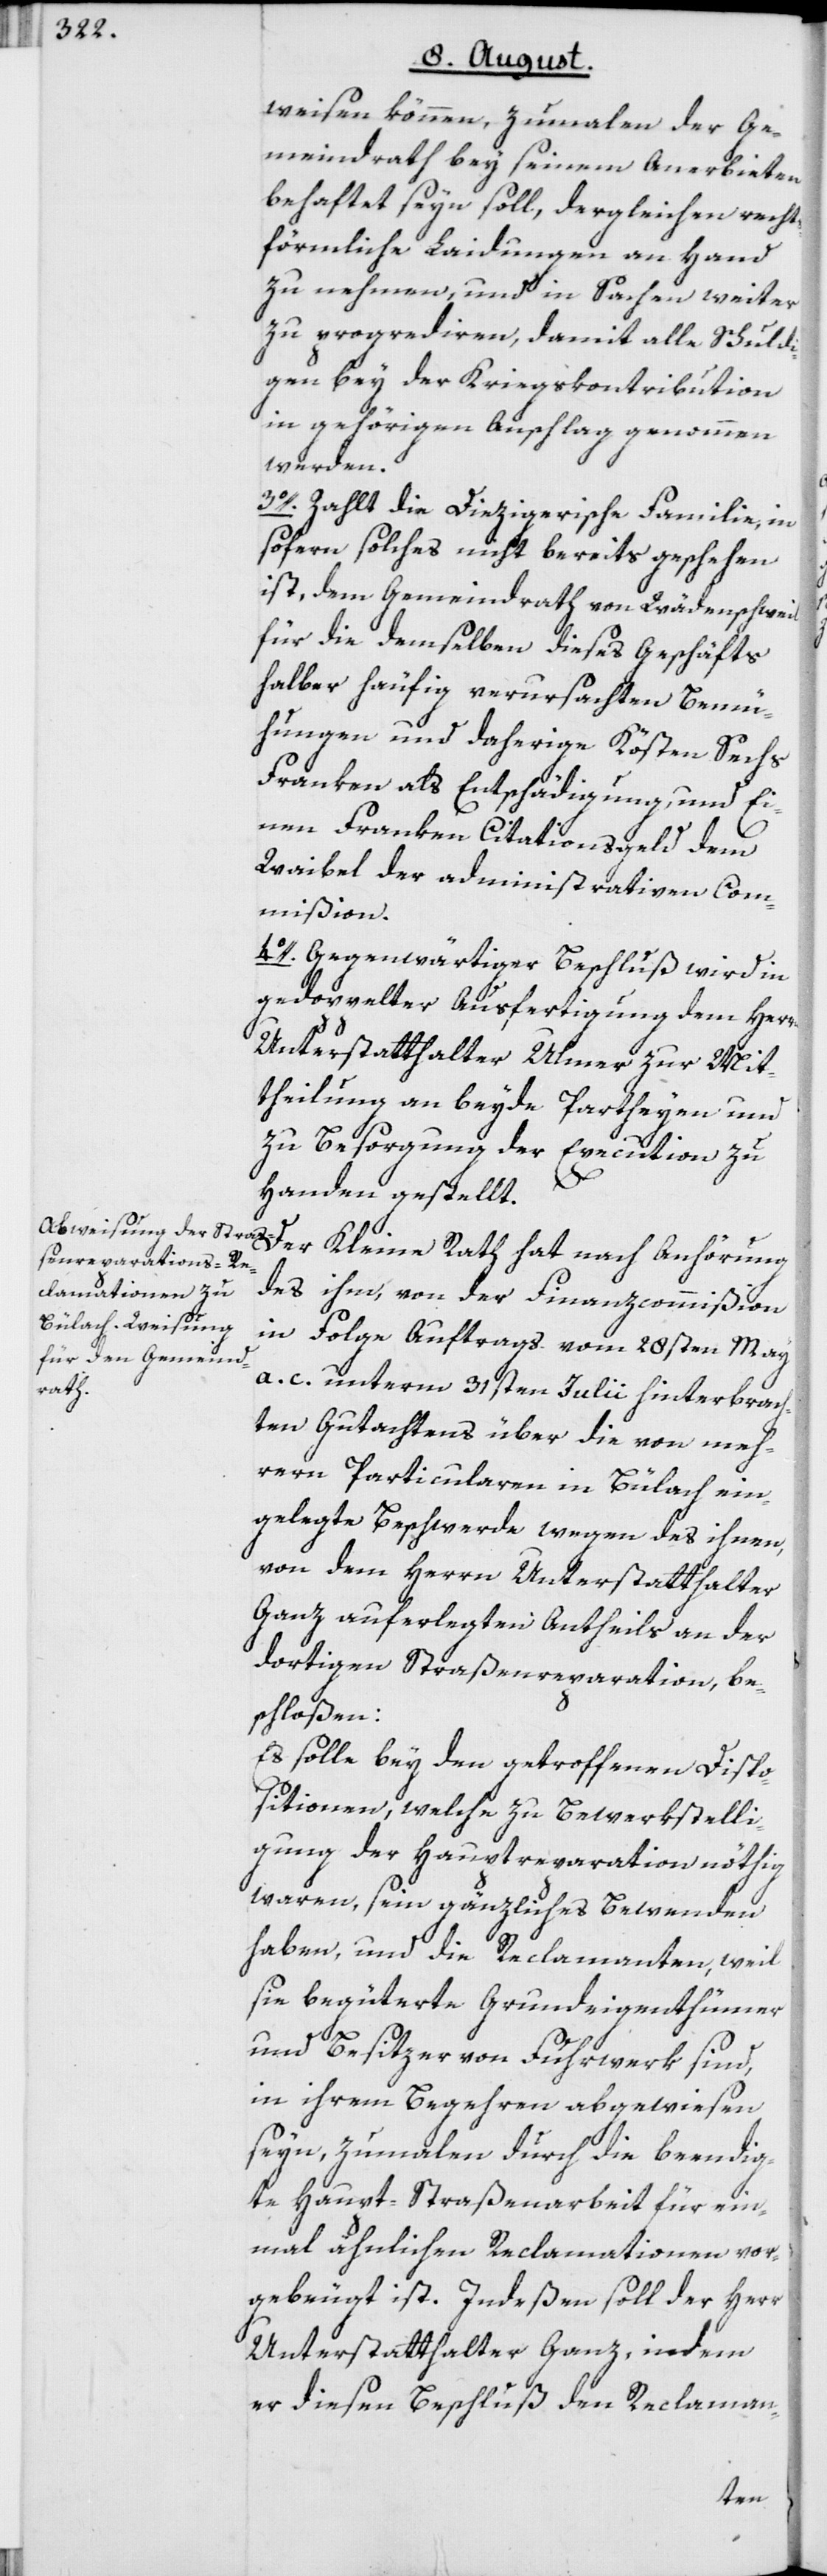
weisen können, zumalen der Ge¬
meindrath bey seinem Anerbieten
behaftet seyn soll, dergleichen rechts¬
förmliche Laidungen an Hand
zu nehmen, und in Sachen weiter
zu progrediren, damit alle Schuldi¬
gen bey der Kriegskontribution
in gehörigen Anschlag genommen
werden.
3o. Zahlt die Diezigerische Familie, in
sofern solches nicht bereits geschehen
ist, dem Gemeindrath von Wädenschweil
für die demselben dieses Geschäfts
halber häufig verursachten Bemü¬
hungen und daherige Kösten Sechs
Franken als Entschädigung, und Ei¬
nen Franken Citationsgeld dem
Waibel der administrativen Com¬
mißion.
4o. Gegenwärtiger Beschluß wird in
gedoppelter Ausfertigung dem Herren
Unterstatthalter Ulmer zur Mit¬
theilung an beyde Partheyen und
zu Besorgung der Execution zu
Handen gestellt.
des ihm, von der Finanzcommißion
in Folge Auftrags vom 28sten May
Rath
a. c. unterm 31sten Julii hinterbrach¬
ten Gutachtens über die von meh¬
rern Particularen in Bülach ein¬
gelegte Beschwerde wegen des ihnen,
von dem Herrn Unterstatthalter
Ganz auferlegten Antheils an der
dortigen Straßenreparation, be¬
schloßen:
Es solle bey den getroffenen Dispo¬
sitionen, welche zu Bewerkstelli¬
gung der Hauptreparation nöthig
waren, sein gänzliches Bewenden
haben, und die Reclamanten, weil
sie begüterte Grundeigenthümer
und Besitzer von Fuhrwerk sind,
in ihrem Begehren abgewiesen
seyn, zumalen durch die beendig¬
te Haupt-Straßenarbeit für ein¬
mal ähnlichen Reclamationen vor¬
gebeugt ist. Indeßen soll der Herr
Unterstatthalter Ganz, indem
er diesen Beschluß den Reclaman-